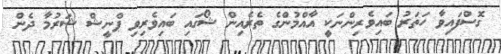
ގޮސްފައިވާ ހަތަރު ބައިވެރިންނަކީ އާއްމުންގެ ތެރެއިން ޝޯގައި ބައިވެރިވި ޕްނީޝް ޝަރުމާ ދެން